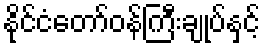
နိုင်ငံတော်ဝန်ကြီးချုပ်နှင့်